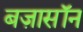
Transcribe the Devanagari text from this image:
बज़ासॉन